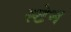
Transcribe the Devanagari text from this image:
स्‍टेन